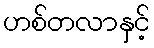
ဟစ်တလာနှင့်